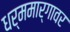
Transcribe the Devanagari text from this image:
धर्ममार्गावर